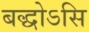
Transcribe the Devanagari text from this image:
बद्धोऽसि